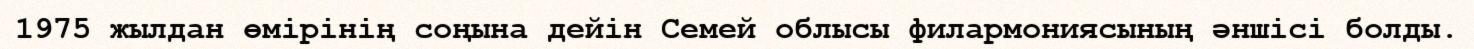
1975 жылдан өмірінің соңына дейін Семей облысы филармониясының әншісі болды.